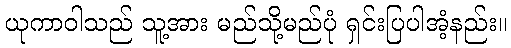
ယုကာဝါသည် သူ့အား မည်သို့မည်ပုံ ရှင်းပြပါအံ့နည်း။